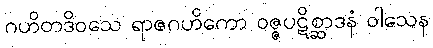
ဂဟိတဒိဝသေ ရာဇဂဟိကော ဝဇ္ဇပဋိစ္ဆာဒနံ ဝါသေန